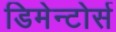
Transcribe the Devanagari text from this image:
डिमेन्टोर्स